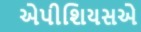
એપીશિયસએ